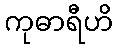
ကုဓာရီဟိ